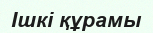
Ішкі құрамы